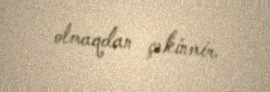
olmaqdan çəkinmir.